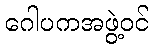
ဂေါပကအဖွဲ့ဝင်